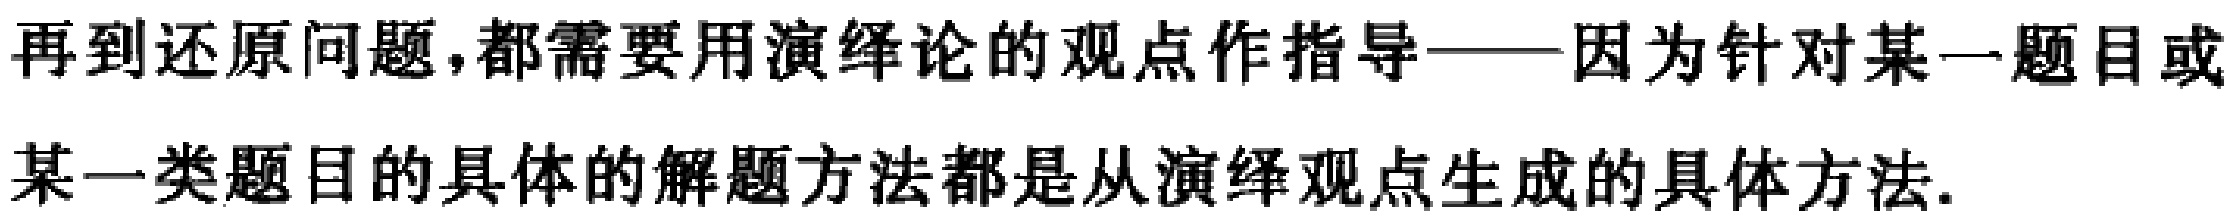
再到还原问题,都需要用演绎论的观点作指导——因为针对某一题目或某一类题目的具体的解题方法都是从演绎观点生成的具体方法.